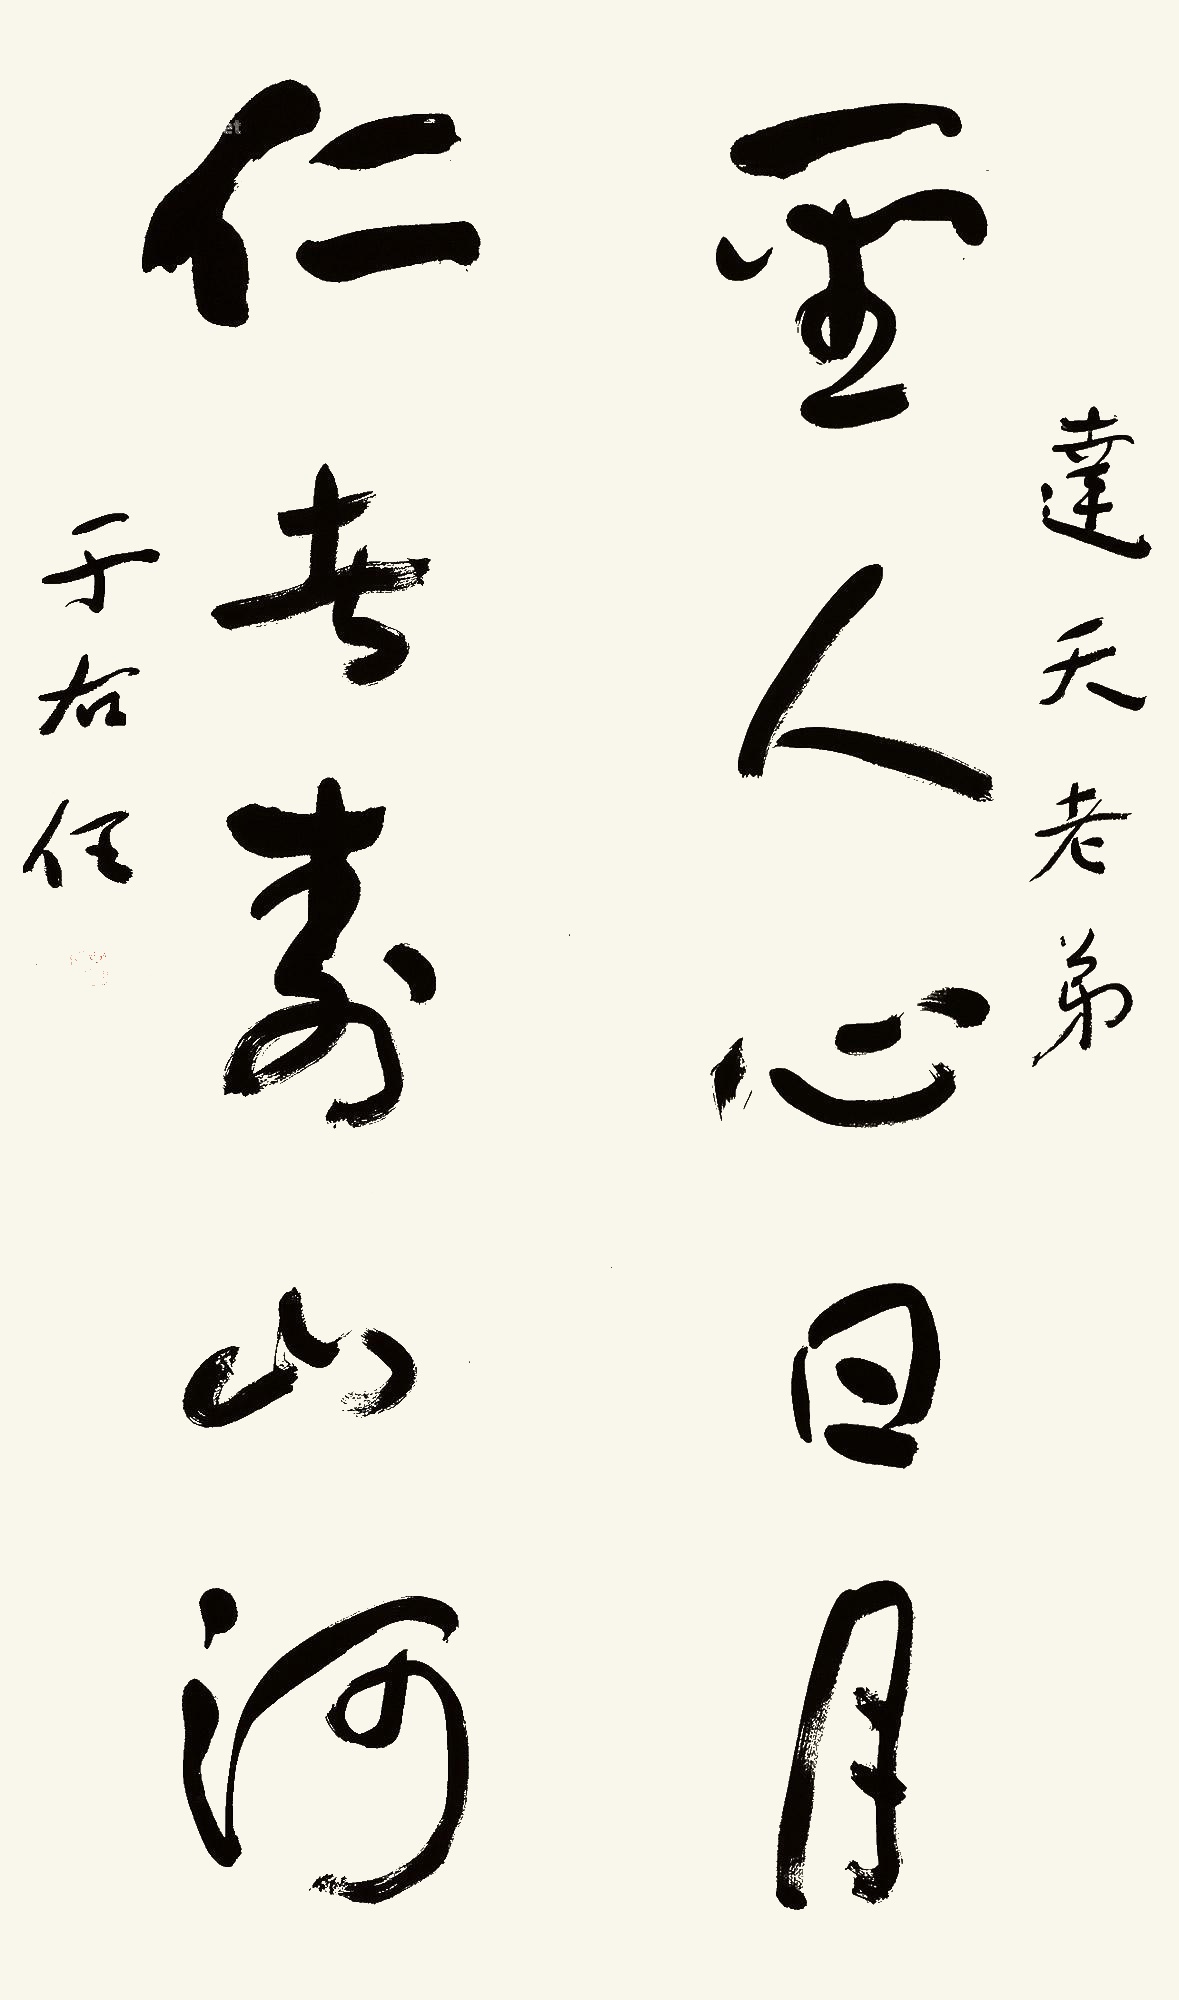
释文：圣人心日月，仁者寿山河。达天老弟，于右任。